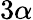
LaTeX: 3\alpha